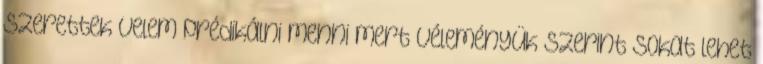
szerettek velem prédikálni menni mert véleményük szerint sokat lehet